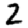
Digit: 2